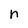
Character: n